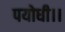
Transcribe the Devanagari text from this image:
पयोधी।।